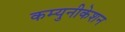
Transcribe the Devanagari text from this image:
कम्युनीकेशन